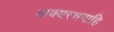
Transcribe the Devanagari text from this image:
वाक्यरचनाहि